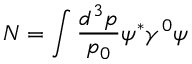
N = \int \frac { d ^ { 3 } p } { p _ { 0 } } \psi ^ { * } \gamma ^ { 0 } \psi